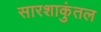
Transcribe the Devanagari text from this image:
सारशाकुंतल